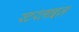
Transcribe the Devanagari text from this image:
स्टरलाइज़